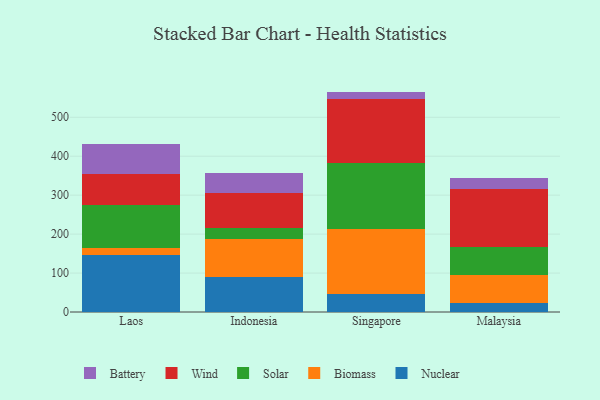
{"axis": {"x": "Country", "y": "Tickets Resolved"}, "legend": ["Battery", "Biomass", "Nuclear", "Solar", "Wind"], "data": [{"x": "Laos", "y": 147.3, "type": "Nuclear"}, {"x": "Laos", "y": 17.4, "type": "Biomass"}, {"x": "Laos", "y": 110.0, "type": "Solar"}, {"x": "Laos", "y": 78.7, "type": "Wind"}, {"x": "Laos", "y": 76.9, "type": "Battery"}, {"x": "Indonesia", "y": 90.0, "type": "Nuclear"}, {"x": "Indonesia", "y": 98.0, "type": "Biomass"}, {"x": "Indonesia", "y": 27.8, "type": "Solar"}, {"x": "Indonesia", "y": 89.5, "type": "Wind"}, {"x": "Indonesia", "y": 50.4, "type": "Battery"}, {"x": "Singapore", "y": 45.3, "type": "Nuclear"}, {"x": "Singapore", "y": 167.1, "type": "Biomass"}, {"x": "Singapore", "y": 170.0, "type": "Solar"}, {"x": "Singapore", "y": 165.4, "type": "Wind"}, {"x": "Singapore", "y": 18.1, "type": "Battery"}, {"x": "Malaysia", "y": 23.4, "type": "Nuclear"}, {"x": "Malaysia", "y": 70.5, "type": "Biomass"}, {"x": "Malaysia", "y": 72.4, "type": "Solar"}, {"x": "Malaysia", "y": 148.5, "type": "Wind"}, {"x": "Malaysia", "y": 30.0, "type": "Battery"}]}